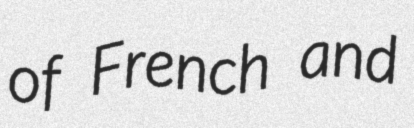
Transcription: of French and